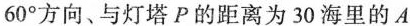
60°方向、与灯塔P的距离为30海里的A